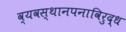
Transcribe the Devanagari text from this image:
व्यवस्थानपनाविरुद्ध